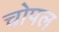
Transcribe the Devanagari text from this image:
चोपल